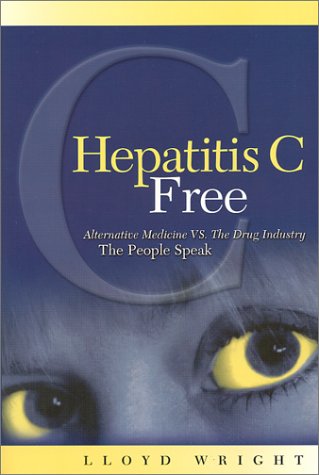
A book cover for Hepatitis C Free: Alternative Medicine VS, The Drug Industry, The People Speak; Lloyd Wright; Health, Fitness & Dieting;